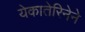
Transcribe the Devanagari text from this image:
येकातेरिनेने